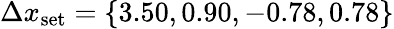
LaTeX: \Delta x_{\textrm{set}}=\{ 3.50,0.90,-0.78,0.78\}